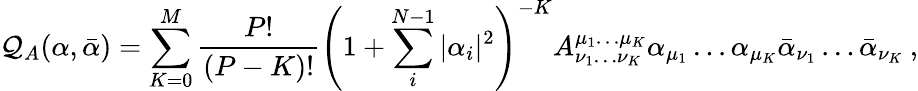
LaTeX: \mathcal{Q}_{A}(\alpha,\bar{{\alpha}})=\sum_{K=0}^{M}\frac{{P!}}{{(P-K)!}}\left(1+\sum_{i}^{N-1}|\alpha_{i}|^{2}\right)^{-K}A_{\nu_{1}\ldots\nu_{K}}^{\mu_{1}\ldots\mu_{K}}\alpha_{\mu_{1}}\ldots\alpha_{\mu_{K}}\bar{{\alpha}}_{\nu_{1}}\ldots\bar{{\alpha}}_{\nu_{K}}\: ,